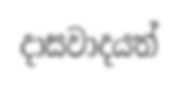
දාසවාදයත්